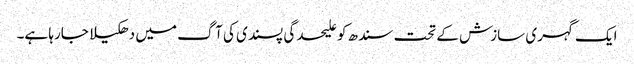
ایک گہری سازش کے تحت سندھ کو علیحدگی پسندی کی آگ میں دھکیلا جارہا ہے۔